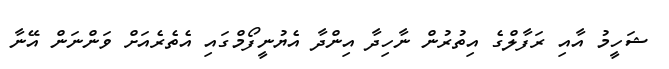
ޝަހީމު އާއި ރަފާލްގެ އިތުރުން ނާހިދާ އިންދާ އެޔުނީފޯމްގައި އެތެރެއަށް ވަންނަން އޭނާ